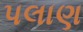
પલાણ